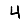
Digit: 4